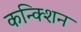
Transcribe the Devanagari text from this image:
कन्क्शिन